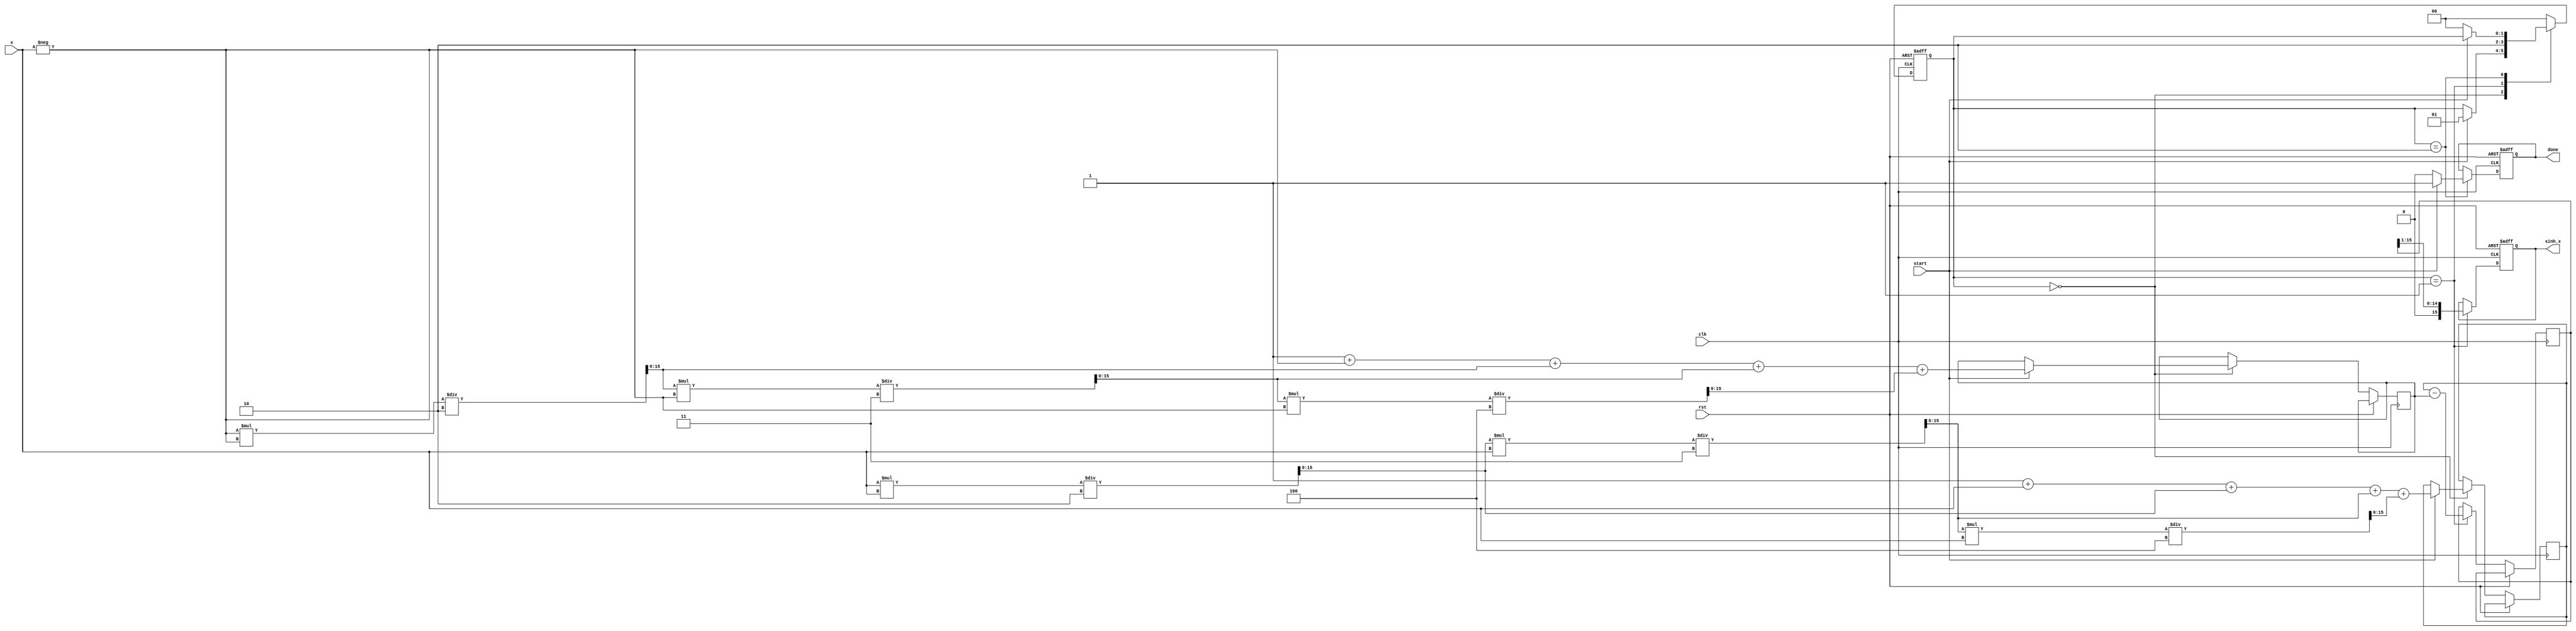
module sinh_block (
    input  wire clk,          // Clock input
    input  wire rst,          // Reset input
    input  wire [15:0] x,     // Input value (fixed-point representation)
    input  wire start,        // Start signal
    output reg [15:0] sinh_x,  // Output value (fixed-point representation)
    output reg done           // Done signal
);

    reg [15:0] exp_x;         // Approximation for e^x
    reg [15:0] exp_neg_x;     // Approximation for e^-x
    reg [15:0] diff;          // Difference e^x - e^-x
    reg [1:0] state;          // FSM state
    localparam IDLE = 2'b00, CALC = 2'b01, DONE = 2'b10;

    // Exponential approximation using Taylor series
    function [15:0] exp_approx;
        input [15:0] value;
        reg [15:0] term;
        reg [15:0] sum;
        integer i;
        begin
            sum = 16'h0001; // Starting with 1
            term = value;   // First term is x

            for (i = 1; i < 5; i = i + 1) begin
                sum = sum + term;
                term = (term * value) / (i + 1); // Calculate next term: x^n / n!
            end

            exp_approx = sum;
        end
    endfunction

    // Sequential process for state machine and calculations
    always @(posedge clk or posedge rst) begin
        if (rst) begin
            state <= IDLE;
            sinh_x <= 16'h0000;
            done <= 0;
        end else begin
            case (state)
                IDLE: begin
                    if (start) begin
                        // Call the approximation function for e^x and e^-x
                        exp_x <= exp_approx(x);
                        exp_neg_x <= exp_approx(-x);
                        state <= CALC;
                    end
                end

                CALC: begin
                    // Perform e^x - e^-x
                    diff <= exp_x - exp_neg_x;
                    // Divide difference by 2
                    sinh_x <= diff >> 1; // shift right by 1 for division by 2
                    state <= DONE;
                end

                DONE: begin
                    done <= 1; // Indicate calculation is done
                    if (!start) begin
                        state <= IDLE; // Reset state if start signal is low
                        done <= 0;
                    end
                end

                default: state <= IDLE;
            endcase
        end
    end

endmodule